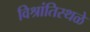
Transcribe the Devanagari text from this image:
विश्रांतिस्थळे